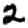
Digit: 2